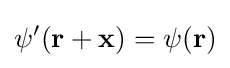
\psi '(\mathbf {r} +\mathbf {x} )=\psi (\mathbf {r} )